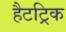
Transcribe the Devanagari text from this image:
हैटट्रिक